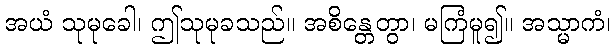
အယံ သုမုခေါ၊ ဤသုမုခသည်။ အစိန္တေတွာ၊ မကြံမူ၍။ အသ္မာကံ၊